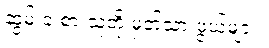
ဆွမ်းခံ စားသူတို့ မှတ်သားဖွယ်များ။